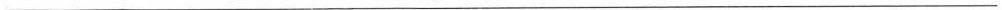
___